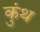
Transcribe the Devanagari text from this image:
कुंथ